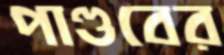
পাণ্ডবের